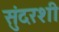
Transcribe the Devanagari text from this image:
सुंदरशी